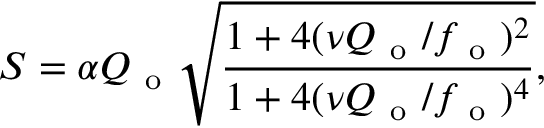
S = \alpha Q _ { \mathrm { ~ o ~ } } \sqrt { \frac { 1 + 4 ( \nu Q _ { \mathrm { ~ o ~ } } / f _ { \mathrm { ~ o ~ } } ) ^ { 2 } } { 1 + 4 ( \nu Q _ { \mathrm { ~ o ~ } } / f _ { \mathrm { ~ o ~ } } ) ^ { 4 } } } ,